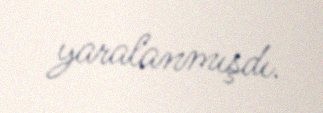
yaralanmışdı.